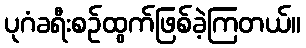
ပုဂံခရီးစဉ်ထွက်ဖြစ်ခဲ့ကြတယ်။